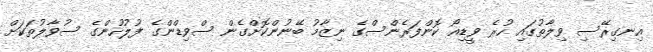
އިނގިރޭސި ވިލާތުގައި ހުރެ ވީޑިއޯ ކޮންފަރެންސްގެ ނިޒާމު ބޭނުންކޮށްގެން ސްވިޑްންގެ ފުލުހުންގެ ސުވާލުތަކަށް